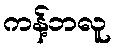
ကန့်ဘလူ